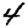
Digit: 4